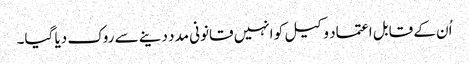
اُن کے قابل اعتماد وکیل کو انہیں قانونی مدد دینے سے روک دیا گیا۔